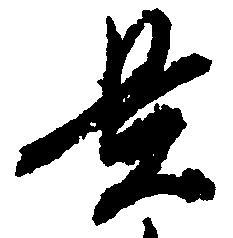
置